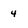
Character: 4